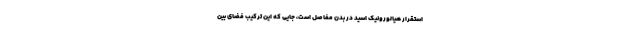
استقرار هیالورونیک اسید در بدن مفاصل است، جایی که این ترکیب فضای بین